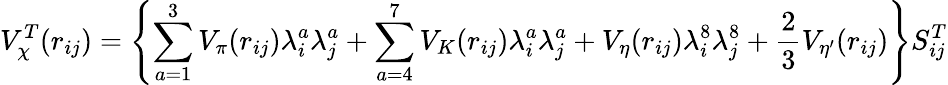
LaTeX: V_{\chi}^{T}(r_{ij})=\left\{ \sum_{a=1}^{3}V_{\pi}(r_{ij})\lambda_{i}^{a}\lambda_{j}^{a}+\sum_{a=4}^{7}V_{K}(r_{ij})\lambda_{i}^{a}\lambda_{j}^{a}+V_{\eta}(r_{ij})\lambda_{i}^{8}\lambda_{j}^{8}+\frac{2}{3}V_{\eta^{\prime}}(r_{ij})\right\} S_{ij}^{T}